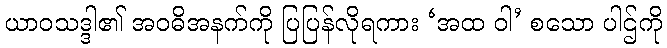
ယာဝသဒ္ဒါ၏ အဝဓိအနက်ကို ပြပြန်လိုရကား ‘အထ ဝါ’ စသော ပါဌ်ကို